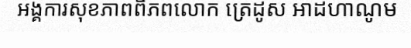
អង្គការសុខភាពពិភពលោក ត្រេដូស អាដហាណូម